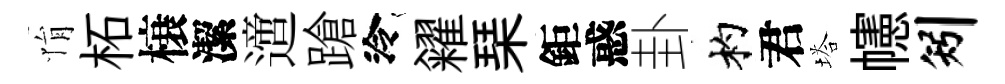
悁柘榱潔𨗁蹌泠糴琹鉅惑卦杓君塔幰矧